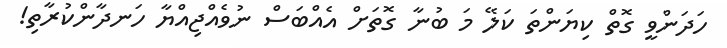
ހަދަންވީ ގޮތް ކިޔަންތަ ކަލޭ މަ ބުނާ ގޮތަށް އެއްބަސް ނުވެއްޖިއްޔާ ހަނދާންކުރާތި!